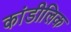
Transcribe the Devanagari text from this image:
कांडीलिक